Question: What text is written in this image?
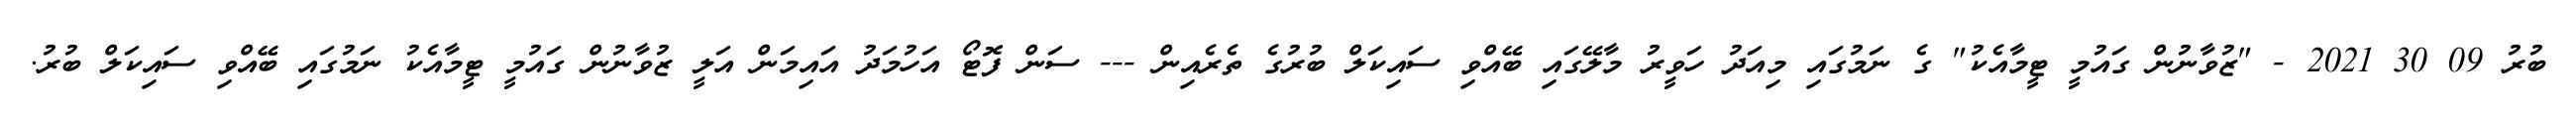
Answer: ބުރު 09 30 2021 - "ޒުވާނުން ގައުމީ ޓީމާއެކު" ގެ ނަމުގައި މިއަދު ހަވީރު މާލޭގައި ބޭއްވި ސައިކަލް ބުރުގެ ތެރެއިން --- ސަން ފޮޓޯ އަހުމަދު އައިމަން އަލީ ޒުވާނުން ގައުމީ ޓީމާއެކު ނަމުގައި ބޭއްވި ސައިކަލް ބުރު.